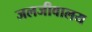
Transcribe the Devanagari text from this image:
जलजीवालय